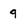
Character: q